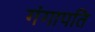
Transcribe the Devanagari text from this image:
गंगापति